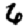
Digit: 6